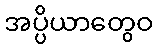
အပ္ပိယာတွေဝ